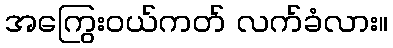
အကြွေးဝယ်ကတ် လက်ခံလား။